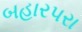
બહારપરા